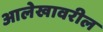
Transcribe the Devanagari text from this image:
आलेखावरील